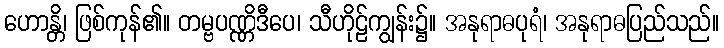
ဟောန္တိ၊ ဖြစ်ကုန်၏။ တမ္ဗပဏ္ဏိဒီပေ၊ သီဟိုဠ်ကျွန်း၌။ အနုရာဓပုရံ၊ အနုရာဓပြည်သည်။